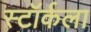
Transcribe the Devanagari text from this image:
स्टॉर्कला